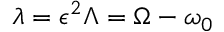
\lambda = \epsilon ^ { 2 } \Lambda = \Omega - \omega _ { 0 }